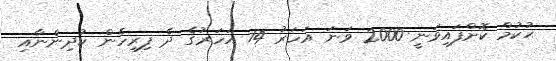
ޙުކުމް ކޮށްފައިވަނީ 2000 ވަނަ އަހަރު 14 އަހަރުގެ ދެ ފިރިހެން ކުދިންނާއި